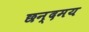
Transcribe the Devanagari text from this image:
छन्दमय